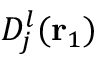
D _ { j } ^ { l } ( { \mathbf { r } _ { 1 } } )